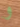
و